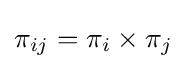
\pi _{ij}=\pi _{i}\times \pi _{j}